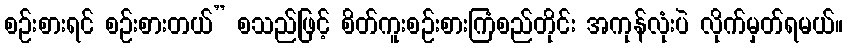
စဉ်းစားရင် စဉ်းစားတယ်” စသည်ဖြင့် စိတ်ကူးစဉ်းစားကြံစည်တိုင်း အကုန်လုံးပဲ လိုက်မှတ်ရမယ်။